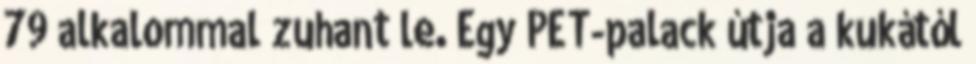
79 alkalommal zuhant le. Egy PET-palack útja a kukától